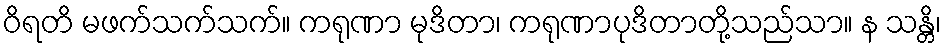
ဝိရတိ မဖက်သက်သက်။ ကရုဏာ မုဒိတာ၊ ကရုဏာပုဒိတာတို့သည်သာ။ န သန္တိ၊